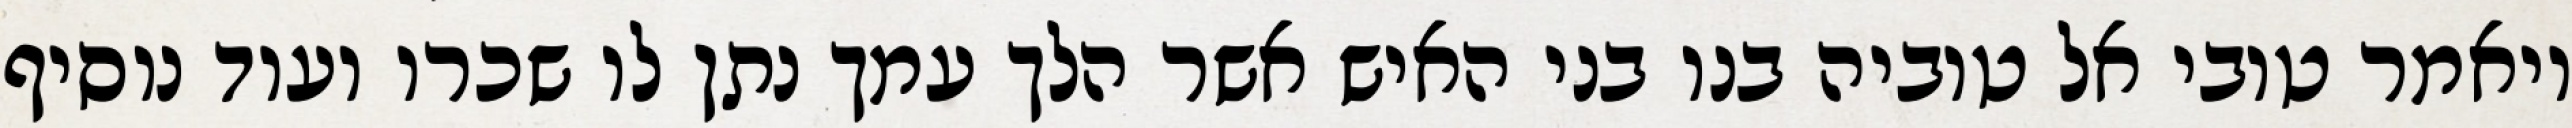
ויאמר טובי אל טוביה בנו בני האיש אשר הלך עמך נתן לו שכרו ועוד נוסיף